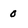
Character: o